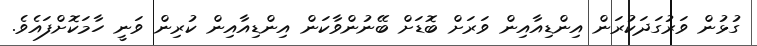
ގުޅުން ވަރުގަދަކުރަން އިންޑިއާއިން ވަރަށް ބޮޑަށް ބޭނުންވާކަން އިންޑިއާއިން ކުރިން ވަނީ ހާމަކޮށްފައެވެ.